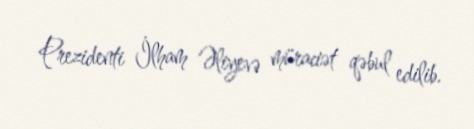
Prezidenti İlham Əliyevə müraciət qəbul edilib.